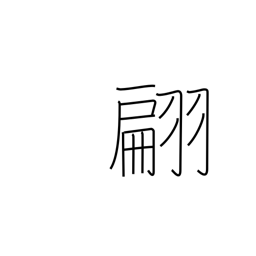
Meaning: fluttering of flag